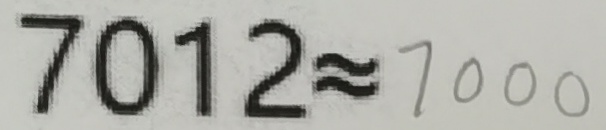
7 0 1 2 \approx 7 0 0 0